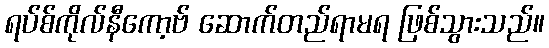
ရပ်စ်ကိုလ်နီကော့ဗ် ဆောက်တည်ရာမရ ဖြစ်သွားသည်။